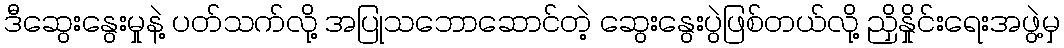
ဒီဆွေးနွေးမှုနဲ့ ပတ်သက်လို့ အပြုသဘောဆောင်တဲ့ ဆွေးနွေးပွဲဖြစ်တယ်လို့ ညှိနှိုင်းရေးအဖွဲ့မှ